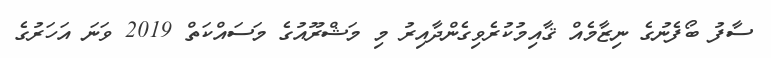
ސާފު ބޯފެނުގެ ނިޒާމެއް ޤާއިމުކުރެވިގެންދާއިރު މި މަޝްރޫއުގެ މަސައްކަތް 2019 ވަނަ އަހަރުގެ